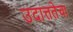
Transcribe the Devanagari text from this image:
उदात्ततेचा